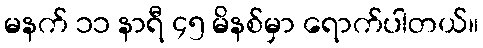
မနက် ၁၁ နာရီ ၄၅ မိနစ်မှာ ရောက်ပါတယ်။